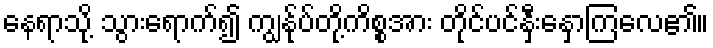
နေရာသို့ သွားရောက်၍ ကျွန်ုပ်တို့ကိစ္စအား တိုင်ပင်နှီးနှောကြလေ၏။